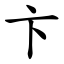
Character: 卞